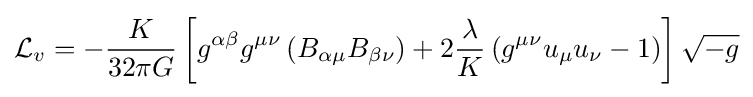
{\mathcal {L}}_{v}=-{\frac {K}{32\pi G}}\left[g^{\alpha \beta }g^{\mu \nu }\left(B_{\alpha \mu }B_{\beta \nu }\right)+2{\frac {\lambda }{K}}\left(g^{\mu \nu }u_{\mu }u_{\nu }-1\right)\right]{\sqrt {-g}}